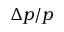
\Delta p / p